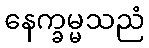
နေက္ခမ္မသညံ